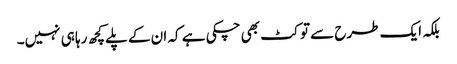
بلکہ ایک طرح سے تو کٹ بھی چکی ہے کہ ان کے پلے کچھ رہا ہی نہیں۔